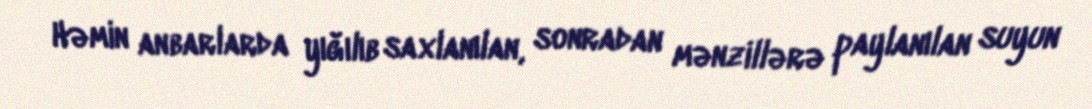
Həmin anbarlarda yığılıb saxlanılan, sonradan mənzillərə paylanılan suyun